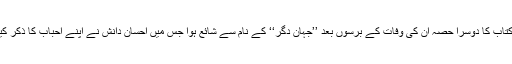
‘‘اس کتاب کا دوسرا حصہ ان کی وفات کے برسوں بعد ’’جہانِ دگر‘‘ کے نام سے شائع ہوا جس میں احسان دانش نے اپنے احباب کا ذکر کیا ہے۔